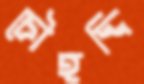
চৌহদ্দি